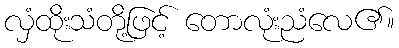
လှံထိုးသံတို့ဖြင့် တောလုံးညံလေ၏။